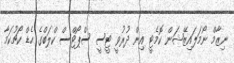
ނިޒާމް ނޯމަލައިޒޭޝަން ކޮމެޓީ އިން ދުރުވީ ޓީސީ ސްޕޯޓްސް ކްލަބްގެ ހެޑް ކޯޗުކަމާ